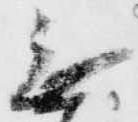
無